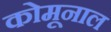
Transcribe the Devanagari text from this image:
कोमूनाल